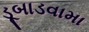
ડૂબાડવામા